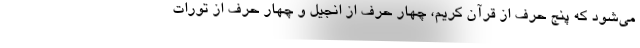
می‌شود که پنج حرف از قرآن کریم، چهار حرف از انجیل و چهار حرف از تورات